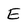
Character: E